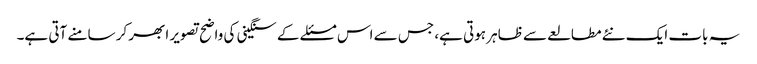
یہ بات ایک نئے مطالعے سے ظاہر ہوتی ہے، جس سے اس مسئلے کے سنگینی کی واضح تصویر ابھر کر سامنے آتی ہے۔